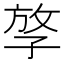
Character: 𡥮